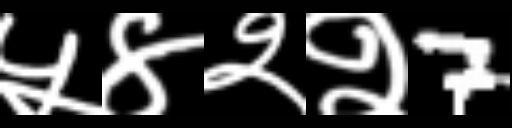
Text: ५४२२7